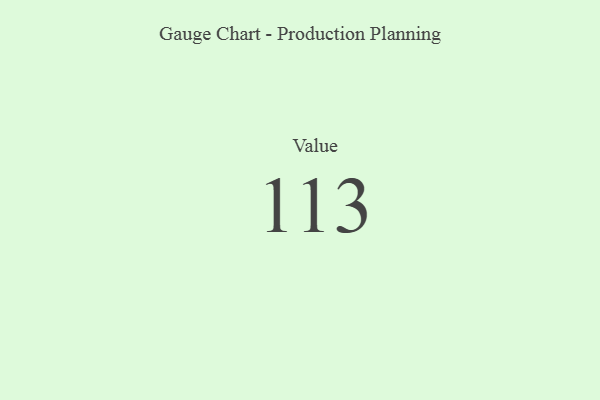
{"axis": {"x": "Metric", "y": "Value"}, "legend": [""], "data": [{"x": "Value", "y": 113, "type": ""}]}